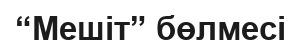
“Мешіт” бөлмесі